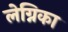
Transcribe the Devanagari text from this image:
लेग्निका